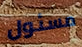
مسئول